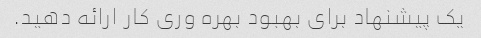
یک پیشنهاد برای بهبود بهره وری کار ارائه دهید.